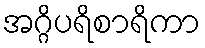
အဂ္ဂိပရိစာရိကာ